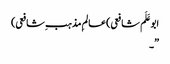
ابوعَلَم شافعی)عالمِ مذہب ِشافعی)
”۔